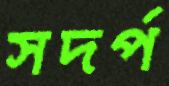
সদর্প